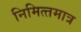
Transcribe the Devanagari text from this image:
निमित्‍तमात्र